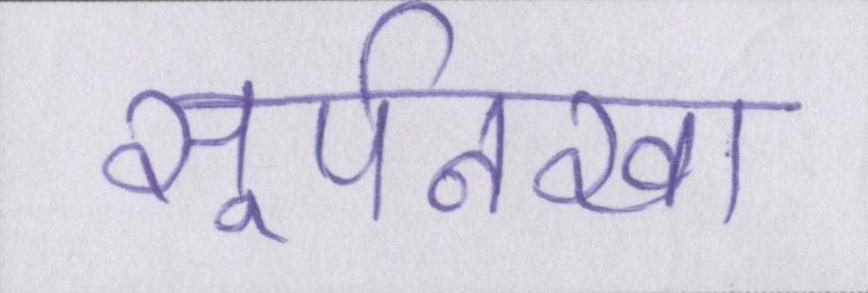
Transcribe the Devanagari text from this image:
सूर्पनखा